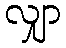
လျှာ